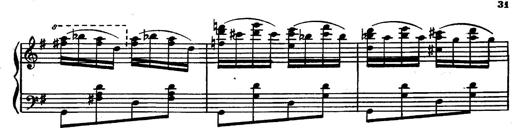
Title: Magyar rapszÃ³diÃ¡k
Composer: Franz Liszt